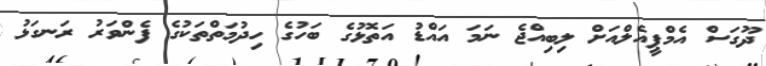
ދޫގަސް އެމްޕީއެލްއަށް ލިބިއްޖެ ނަމަ އައްޑު އަތޮޅުގެ ބަހުގެ ހިދުމަތްތަކުގެ ފެންވަރު ރަނގަޅު